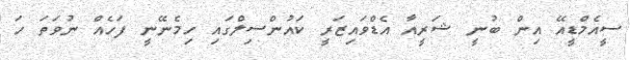
ސީއެމްޑީއޭ އިން ބުނީ ޝަރީއާ އެޑްވައިޒަރީ ކައުންސިލްގައި ހިމެނޭނީ ފަހެއް ނުވަތަ ހަ